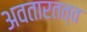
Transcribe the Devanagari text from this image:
अवतारतत्व